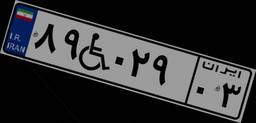
۸۹W۰۲۹۰۳